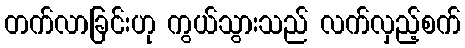
တက်လာခြင်းဟု ကွယ်သွားသည် လက်လှည့်စက်